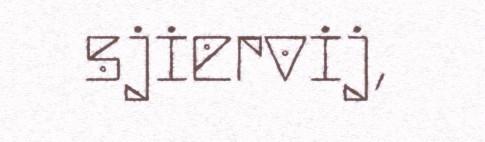
sjiervij,